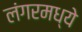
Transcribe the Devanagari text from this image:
लंगरमध्ये